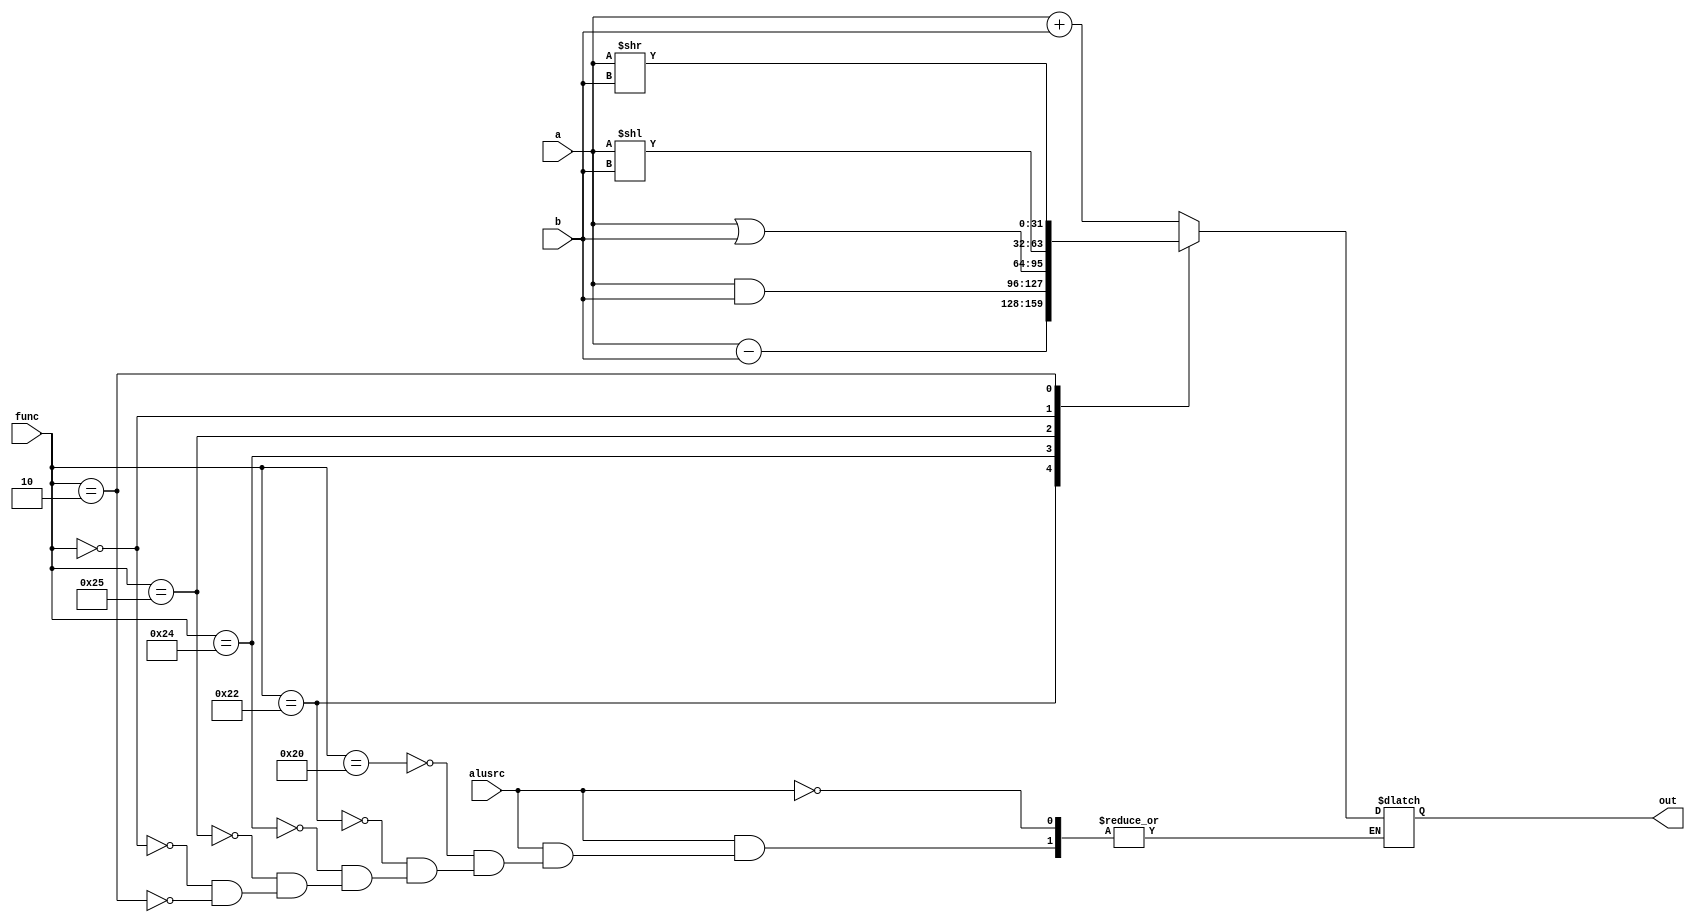
`timescale 1ns / 1ps
//////////////////////////////////////////////////////////////////////////////////
// Company: 
// Engineer: 
// 
// Design Name: 
// Module Name:    alu 
// Project Name: 
// Target Devices: 
// Tool versions: 
// Description: 
//
// Dependencies: 
//
// Revision: 
// Revision 0.01 - File Created
// Additional Comments: 
//
//////////////////////////////////////////////////////////////////////////////////
module alu(

    input [31:0] a,
    input [31:0] b,
	 input [5:0] func,
	 input alusrc,
    output reg [31:0] out
    );
always@(*)
begin
if(alusrc==1)
begin
case(func)
	6'b100000:out=a+b;
	6'b100010:out=a-b;
	6'b100100:out=a&b;
	6'b100101:out=a|b;
	6'b000000:out=a<<b;
	6'b000010:out=a>>b;
	endcase
end
end

endmodule